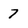
Character: 7